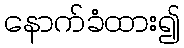
နောက်ခံထား၍